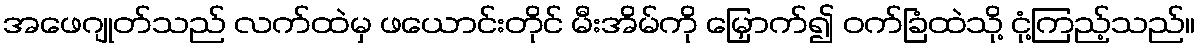
အဖေဂျုတ်သည် လက်ထဲမှ ဖယောင်းတိုင် မီးအိမ်ကို မြှောက်၍ ဝက်ခြံထဲသို့ ငုံ့ကြည့်သည်။